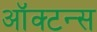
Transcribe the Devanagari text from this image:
ऑक्टन्स